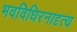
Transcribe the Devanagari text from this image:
भवविधिरनादृत्य